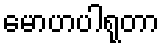
မောဟပါရုတာ